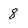
Character: 8